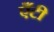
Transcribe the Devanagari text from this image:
एँटी